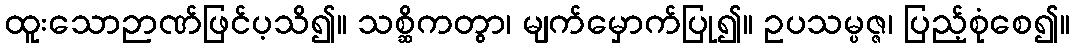
ထူးသောဉာဏ်ဖြင်ပ့သိ၍။ သစ္ဆိကတွာ၊ မျက်မှောက်ပြု၍။ ဥပသမ္ပဇ္ဇ၊ ပြည့်စုံစေ၍။